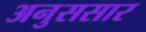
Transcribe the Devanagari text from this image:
अनुससार